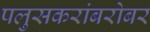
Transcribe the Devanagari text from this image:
पलुसकरांबरोबर